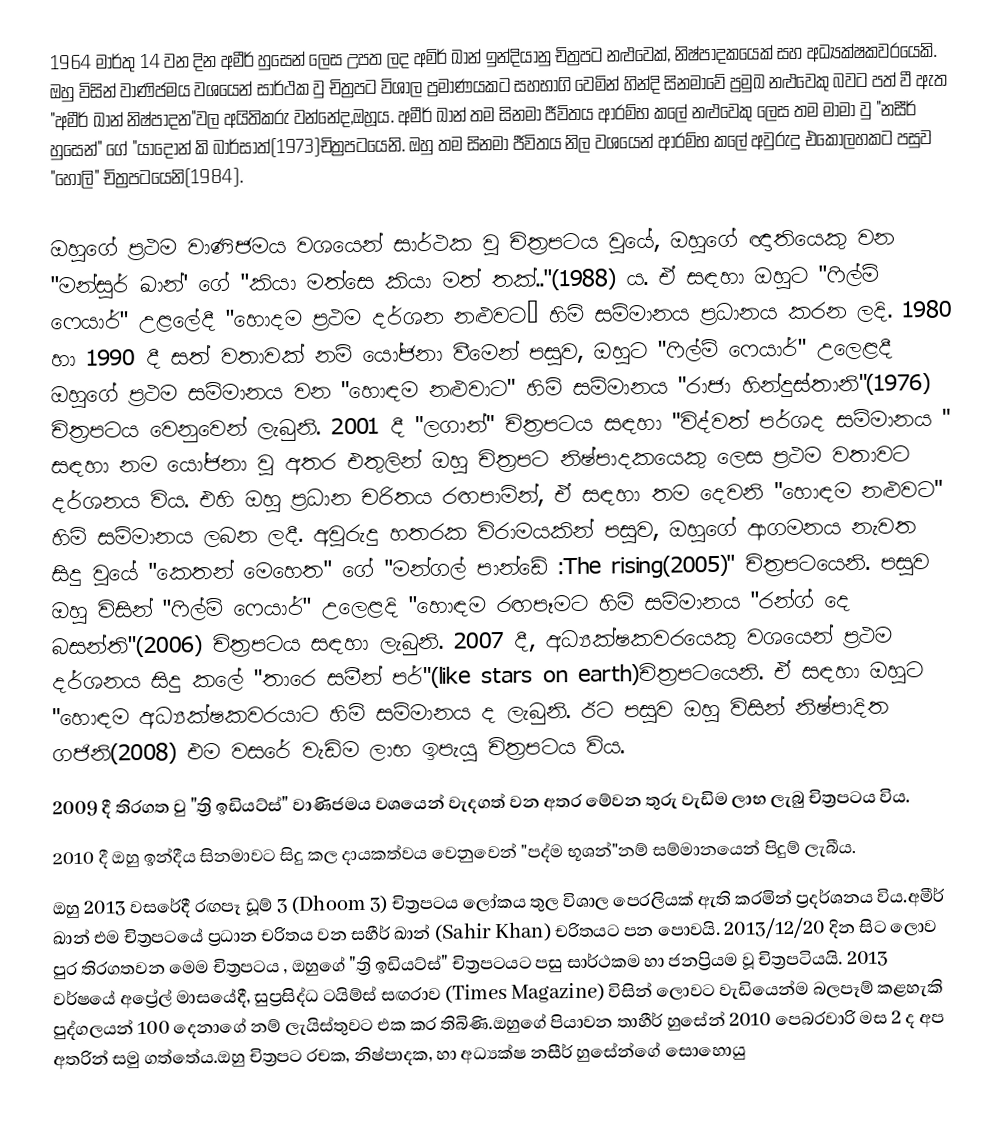
1964 මාර්තු 14 වන දින අමීර් හුසෙන් ලෙස උපත ලද අමිර් ඛාන් ඉන්දියානු චිත්‍රපට නළුවෙක්, නිෂ්පාදකයෙක් සහ අධ්‍යක්ෂකවරයෙකි. ඔහු විසින් වාණිජමය වශයෙන් සාර්ථක වු චිත්‍රපට විශාල ප්‍රමාණයකට සහභාගි වෙමින් හින්දි සිනමාවේ ප්‍රමුඛ නළුවෙකු බවට පත් වී ඇත "අමීර් ඛාන් නිෂ්පාදන"වල අයිතිකරු වන්නේද,ඔහූය. අමීර් ඛාන් තම සිනමා ජීවිතය ආරම්භ කලේ  නළුවෙකු ලෙස තම මාමා වු "නසීර් හුසෙන්" ගේ "යාදොන් කි බාර්සාත්(1973)චිත්‍රපටයෙනි. ඔහු තම සිනමා ජීවිතය නිල වශයෙන් ආරම්භ කලේ අවුරුදු එකොලහකට පසුව "හොලි" චිත්‍රපටයෙනි(1984).

ඔහුගේ ප්‍රථම වාණිජමය වශයෙන් සාර්ථක වු චිත්‍රපටය වුයේ, ඔහුගේ ඥාතියෙකු වන "මන්සූර් ඛාන්' ගේ "කියා මත්සෙ කියා මත් තක්.."(1988) ය. ඒ සඳහා ඔහුට "ෆිල්ම් ෆෙයාර්" උළලේදී "හොදම ප්‍රථම දර්ශන නළුවට” හිමි සම්මානය ප්‍රධානය කරන ලදි. 1980  හා 1990 දී සත් වතාවක් නම් යෝජනා වීමෙන් පසුව, ඔහුට "ෆිල්ම් ෆෙයාර්" උලෙළදී ඔහුගේ ප්‍රථම සම්මානය වන "හොඳම නළුවාට" හිමි සම්මානය "රාජා හින්දුස්තානි"(1976) චිත්‍රපටය වෙනුවෙන් ලැබුනි. 2001 දී  "ලගාන්" චිත්‍රපටය සඳහා "විද්වත් පර්ශද සම්මානය " සඳහා නම යෝජනා වු අතර එතුලින් ඔහු චිත්‍රපට නිෂ්පාදකයෙකු ලෙස ප්‍රථම වතාවට දර්ශනය විය. එහි ඔහු ප්‍රධාන චරිතය රඟපාමින්, ඒ සඳහා තම දෙවනි "හොඳම නළුවට" හිමි සම්මානය ලබන ලදී. අවුරුදු හතරක විරාමයකින් පසුව, ඔහුගේ ආගමනය නැවත සිදු වුයේ "කෙතන් මෙහෙත" ගේ "මන්ගල් පාන්ඩේ :The rising(2005)" චිත්‍රපටයෙනි. පසුව ඔහු විසින් "ෆිල්ම් ෆෙයාර්" උලෙළදි "හොඳම රඟපෑමට හිමි සම්මානය "රන්ග් දෙ බසන්ති"(2006) චිත්‍රපටය සඳහා ලැබුනි. 2007 දී, අධ්‍යක්ෂකවරයෙකු වශයෙන් ප්‍රථම දර්ශනය සිදු කලේ "තාරෙ සමීන් පර්"(like stars on earth)චිත්‍රපටයෙනි. ඒ සඳහා ඔහුට "හොඳම අධ්‍යක්ෂකවරයාට හිමි සම්මානය ද ලැබුනි. ඊට පසුව ඔහු විසින් නිෂ්පාදිත ගජිනි(2008) එම වසරේ වැඩිම ලාභ ඉපැයු චිත්‍රපටය විය.
2009 දී තිරගත වු "ත්‍රි ඉඩියට්ස්" වාණිජමය වශයෙන් වැදගත් වන අතර මේවන තුරු වැඩිම ලාභ ලැබු චිත්‍රපටය විය.
2010 දී ඔහු ඉන්දීය සිනමාවට සිදු කල දායකත්වය වෙනුවෙන් "පද්ම භූශන්"නම් සම්මානයෙන් පිදුම් ලැබීය.
ඔහු 2013 වසරේදී රඟපෑ ඩූම් 3 (Dhoom 3) චිත්‍රපටය ලෝකය තුල විශාල පෙරලියක් ඇති කරමින් ප්‍රදර්ශනය විය.අමීර් ඛාන් එම චිත්‍රපටයේ ප්‍රධාන චරිතය වන සහීර් ඛාන් (Sahir Khan) චරිතයට පන පොවයි.  2013/12/20 දින සිට ලොව පුර තිරගතවන මෙම චිත්‍රපටය , ඔහුගේ "ත්‍රි ඉඩියට්ස්" චිත්‍රපටයට පසු සාර්ථකම හා ජනප්‍රියම වූ චිත්‍රපටියයි. 2013 වර්ෂයේ අප්‍රේල් මාසයේදී, සුප්‍රසිද්ධ ටයිම්ස් සඟරාව (Times Magazine) විසින් ලොවට වැඩියෙන්ම බලපෑම් කළහැකි පුද්ගලයන් 100 දෙනාගේ නම් ලැයිස්තුවට එක කර තිබිණි.ඔහුගේ පියාවන තාහීර් හුසේන් 2010 පෙබරවාරි මස 2 ද අප අතරින් සමු ගත්තේය.ඔහු චිත්‍රපට රචක, නිෂ්පාදක, හා අධ්‍යක්ෂ නසීර් හුසේන්ගේ සොහොයු